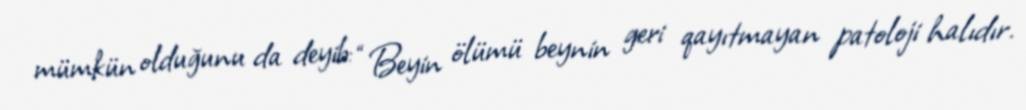
mümkün olduğunu da deyib: “Beyin ölümü beynin geri qayıtmayan patoloji halıdır.